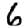
Digit: 6